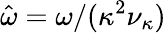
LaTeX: \hat{\omega}=\omega/(\kappa^{2}\nu_{\kappa})